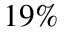
1 9 \%